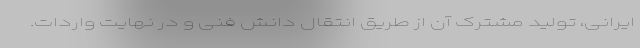
ایرانی، تولید مشترک آن از طریق انتقال دانش فنی و در نهایت واردات.